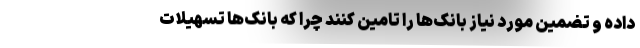
داده و تضمین مورد نیاز بانک‌ها را تامین کنند چرا که بانک‌ها تسهیلات